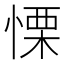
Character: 慄